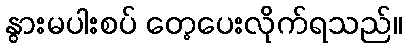
နွားမပါးစပ် တေ့ပေးလိုက်ရသည်။